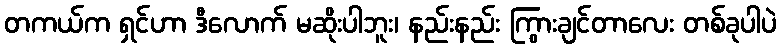
တကယ်က ရှင်ဟာ ဒီလောက် မဆိုးပါဘူး၊ နည်းနည်း ကြွားချင်တာလေး တစ်ခုပါပဲ